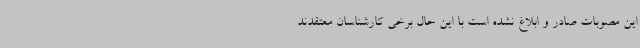
این مصوبات صادر و ابلاغ نشده است با این حال برخی کارشناسان معتقدند